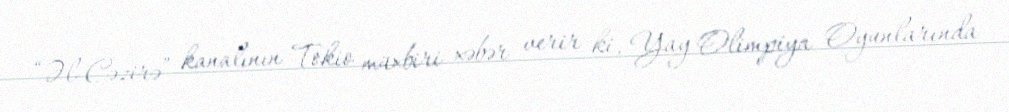
“Əl-Cəzirə” kanalının Tokio müxbiri xəbər verir ki, Yay Olimpiya Oyunlarında